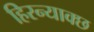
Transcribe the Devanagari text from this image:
हिरन्याक्छ